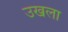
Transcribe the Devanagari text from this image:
उखला